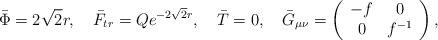
LaTeX: \begin{align*}\bar \Phi = 2 \sqrt 2 r,~~~ \bar F_{tr} = Q e^{-2 \sqrt 2 r},~~~ \bar T = 0,{}~~~ \bar G_{\mu\nu} = \left( \begin{array}{cc} - f & 0 \\ 0 & f^{-1} \end{array} \right),\end{align*}